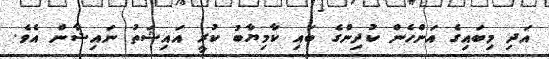
އަދި މިބައިގެ އަންހެން ކުދިންގެ ބައި ކާމިޔާބު ކުރީ އައިޝަތު ނައިޝާން އެވެ.